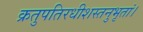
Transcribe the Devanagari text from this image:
क्रतुपतिरधीशस्तनुभृतां।